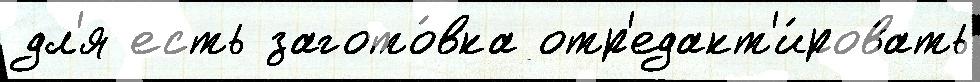
дл'я есть загото́вка отр'едакт'и́ровать